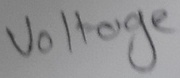
Text: Voltage